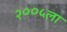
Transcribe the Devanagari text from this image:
२००५ला